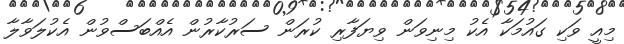
މިއީ ވަކި ގައުމަކާ އެކު މިނިވަން ވިޔަފާރި ކުރަން ސަރުކާރުން އެއްބަސްވުން އެކުލަވާލާ